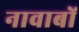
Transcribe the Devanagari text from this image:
नावाबों